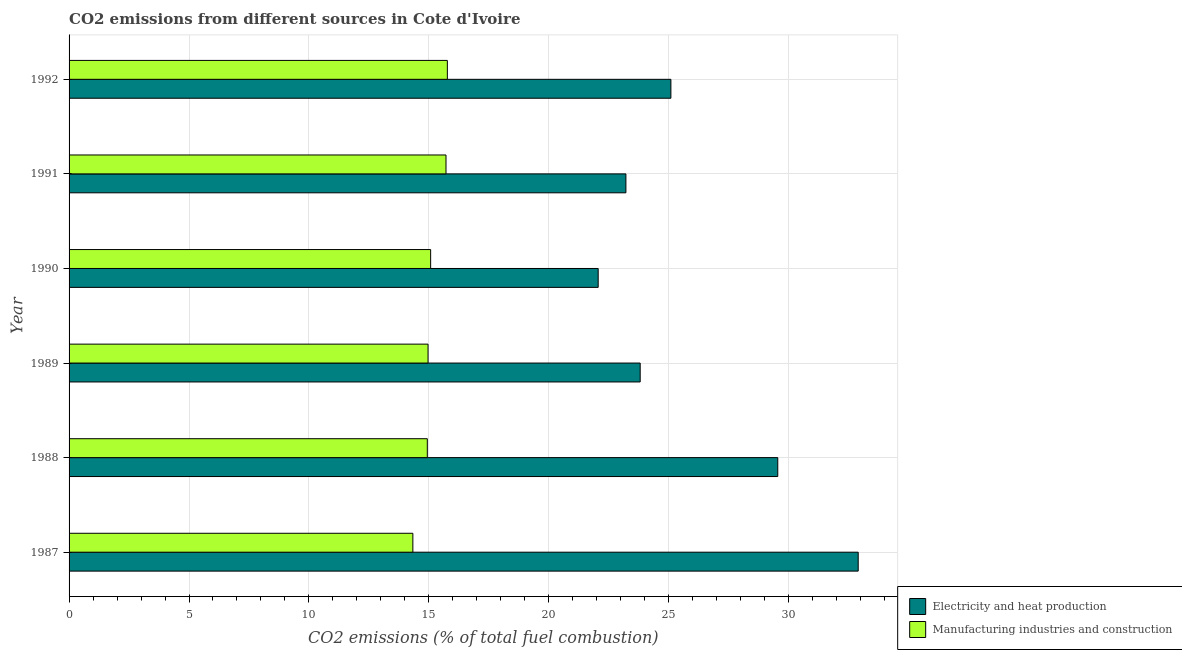
| Year | Electricity and heat production | Manufacturing industries and construction |
 | --- | --- | --- |
 | 1987 | 32.9 | 14.3 |
 | 1988 | 29.5 | 14.9 |
 | 1989 | 23.8 | 15 |
 | 1990 | 22.1 | 15.1 |
 | 1991 | 23.2 | 15.7 |
 | 1992 | 25.1 | 15.8 |